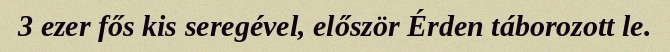
3 ezer fős kis seregével, először Érden táborozott le.